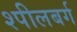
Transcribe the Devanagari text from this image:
श्पीलबर्ग